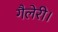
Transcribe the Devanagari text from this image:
गैलेरी।